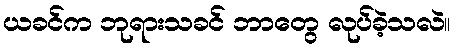
ယခင်က ဘုရားသခင် ဘာတွေ လုပ်ခဲ့သလဲ။